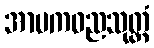
အာမကဓညသုတ္တံ